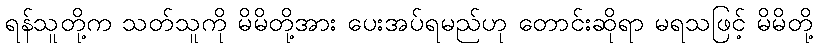
ရန်သူတို့က သတ်သူကို မိမိတို့အား ပေးအပ်ရမည်ဟု တောင်းဆိုရာ မရသဖြင့် မိမိတို့